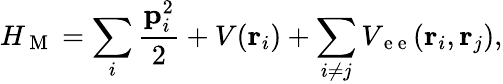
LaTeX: H_{\mathrm{~M~}}=\sum_{i}\frac{\mathbf p_{i}^{2}}{2}+V(\mathbf r_{i})+\sum_{i\ne j}V_{\mathrm{~e~e~}}(\mathbf r_{i},\mathbf r_{j}),